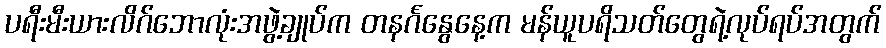
ပရီးမီးယားလိဂ်ဘောလုံးအဖွဲ့ချုပ်က တနင်္ဂနွေနေ့က မန်ယူပရိသတ်တွေရဲ့လုပ်ရပ်အတွက်